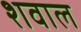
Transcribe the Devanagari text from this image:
शवाल